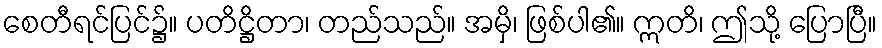
စေတီရင်ပြင်၌။ ပတိဋ္ဌိတာ၊ တည်သည်။ အမှိ၊ ဖြစ်ပါ၏။ ဣတိ၊ ဤသို့ ပြောပြီ။